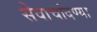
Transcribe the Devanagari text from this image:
सेवाचांदण्या